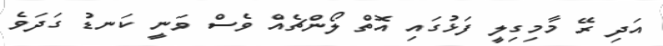
އަދި ރޭ މާމިގިލީ ފަޅުގައި އޮތް ލޯންޗެއް ވެސް ވަނީ ކަނޑު ގަދަވެ